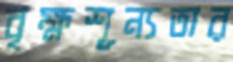
বৃক্ষশূন্যতার